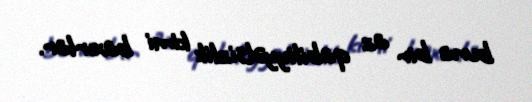
buna bir az qabiliyyətsizlik kimi baxırlar.